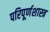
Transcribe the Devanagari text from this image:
परिपूर्णशास्त्र